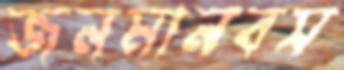
জনমানবস